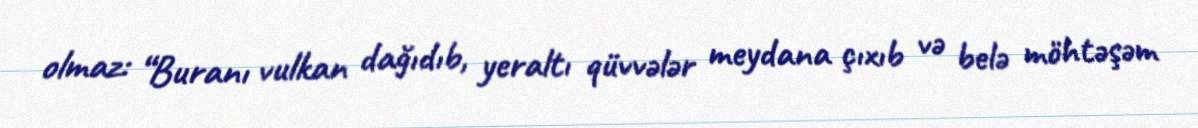
olmaz: “Buranı vulkan dağıdıb, yeraltı qüvvələr meydana çıxıb və belə möhtəşəm